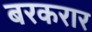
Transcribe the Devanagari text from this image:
बरकरार